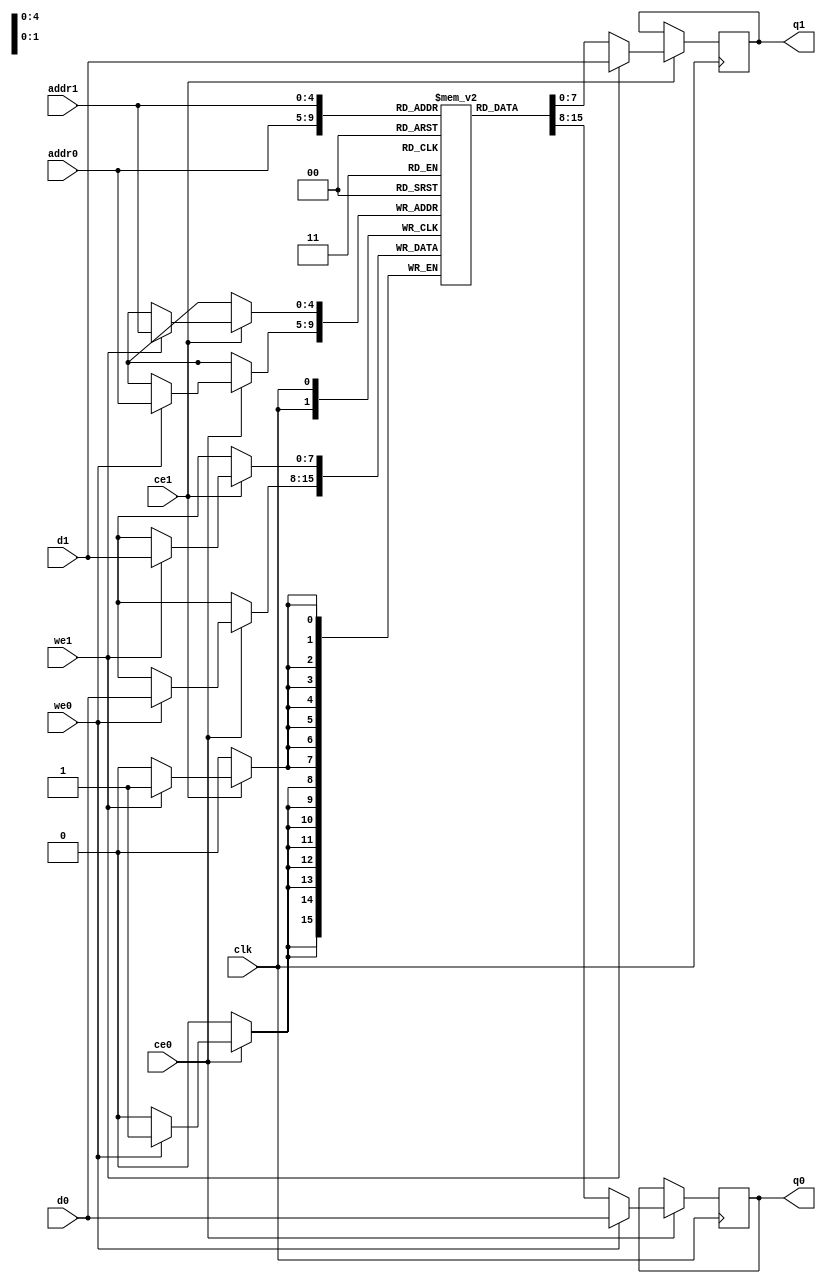
// ==============================================================
// File generated by Vivado(TM) HLS - High-Level Synthesis from C, C++ and SystemC
// Version: 2017.4
// Copyright (C) 1986-2017 Xilinx, Inc. All Rights Reserved.
// 
// ==============================================================

`timescale 1 ns / 1 ps
module aes256_encrypt_ecdEe_ram (addr0, ce0, d0, we0, q0, addr1, ce1, d1, we1, q1,  clk);

parameter DWIDTH = 8;
parameter AWIDTH = 5;
parameter MEM_SIZE = 32;

input[AWIDTH-1:0] addr0;
input ce0;
input[DWIDTH-1:0] d0;
input we0;
output reg[DWIDTH-1:0] q0;
input[AWIDTH-1:0] addr1;
input ce1;
input[DWIDTH-1:0] d1;
input we1;
output reg[DWIDTH-1:0] q1;
input clk;

(* ram_style = "block" *)reg [DWIDTH-1:0] ram[0:MEM_SIZE-1];




always @(posedge clk)  
begin 
    if (ce0) 
    begin
        if (we0) 
        begin 
            ram[addr0] <= d0; 
            q0 <= d0;
        end 
        else 
            q0 <= ram[addr0];
    end
end


always @(posedge clk)  
begin 
    if (ce1) 
    begin
        if (we1) 
        begin 
            ram[addr1] <= d1; 
            q1 <= d1;
        end 
        else 
            q1 <= ram[addr1];
    end
end


endmodule


`timescale 1 ns / 1 ps
module aes256_encrypt_ecdEe(
    reset,
    clk,
    address0,
    ce0,
    we0,
    d0,
    q0,
    address1,
    ce1,
    we1,
    d1,
    q1);

parameter DataWidth = 32'd8;
parameter AddressRange = 32'd32;
parameter AddressWidth = 32'd5;
input reset;
input clk;
input[AddressWidth - 1:0] address0;
input ce0;
input we0;
input[DataWidth - 1:0] d0;
output[DataWidth - 1:0] q0;
input[AddressWidth - 1:0] address1;
input ce1;
input we1;
input[DataWidth - 1:0] d1;
output[DataWidth - 1:0] q1;



aes256_encrypt_ecdEe_ram aes256_encrypt_ecdEe_ram_U(
    .clk( clk ),
    .addr0( address0 ),
    .ce0( ce0 ),
    .d0( d0 ),
    .we0( we0 ),
    .q0( q0 ),
    .addr1( address1 ),
    .ce1( ce1 ),
    .d1( d1 ),
    .we1( we1 ),
    .q1( q1 ));

endmodule